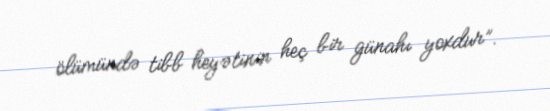
ölümündə tibb heyətinin heç bir günahı yoxdur”.